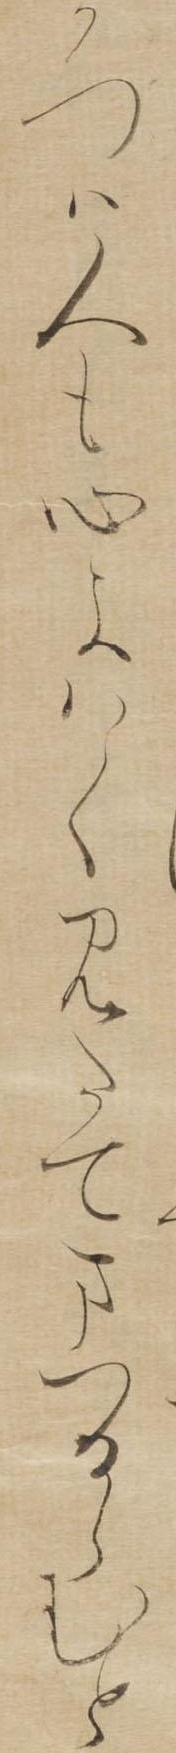
かつは人も心よはくみたてまつるらむと